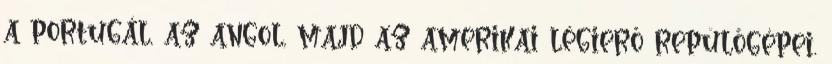
a portugál, az angol, majd az amerikai légierő repülőgépei.